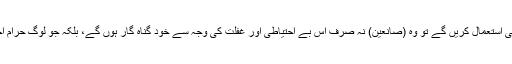
کیونکہ وہ اگر اپنی مصنوعات میں ایسے مشکوک ذرائع والے اجزائے ترکیبی استعمال کریں گے تو وہ (صانعین) نہ صرف اس بے احتیاطی اور غفلت کی وجہ سے خود گناہ گار ہوں گے، بلکہ جو لوگ حرام اجزاء پر مشتمل مصنوع استعمال کریں گے، ان کا گناہ بھی ان کے سر ہو گا۔